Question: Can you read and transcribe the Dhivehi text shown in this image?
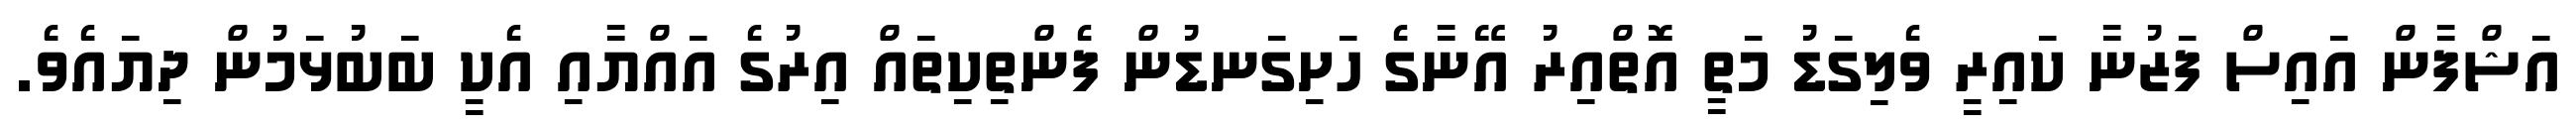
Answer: އަޝްފާން އައިސް ފަޒުނާ ކައިރީ ވެލިގަޑު މަތީ އޮތްއިރު އޭނާގެ ހަށިގަނޑުން ފެންތިކިތައް އިރުގެ އައްޔާއި އެކީ ބަބުޅަމުން ދިޔައެވެ.